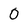
Character: O